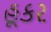
હૂકર